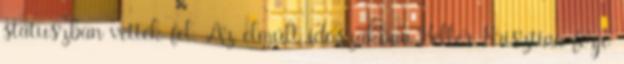
státuszban vették fel. Az elmúlt idõszakban Keller Krisztina férje